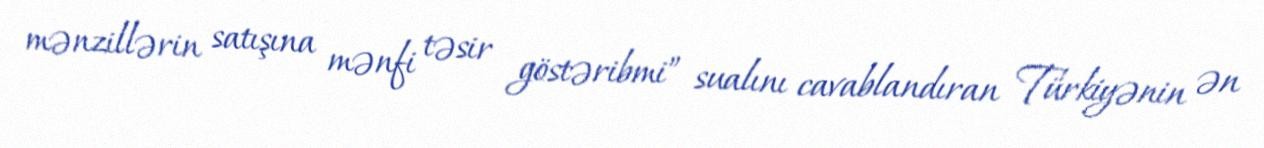
mənzillərin satışına mənfi təsir göstəribmi” sualını cavablandıran Türkiyənin ən